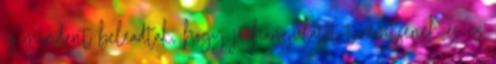
is mindent beleadtak, hogy jó hangulatot teremtsenek és ez